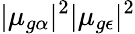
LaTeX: |\mu_{g\alpha}|^{2}|\mu_{g\epsilon}|^{2}